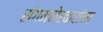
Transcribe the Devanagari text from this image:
संगमनेरकरांना